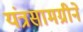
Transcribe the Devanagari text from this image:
यंत्रसामग्रीने